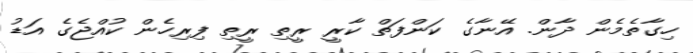
ހިގާތެމެން ދާން. އޭނާގެ ކަންފަތް ކާރީ ރީތި ރީތި ފިރިހެން ކުއްޖެގެ އަޑު